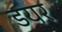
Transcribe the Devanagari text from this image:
डयर